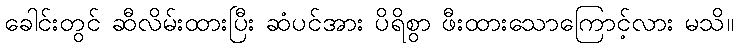
ခေါင်းတွင် ဆီလိမ်းထားပြီး ဆံပင်အား ပိရိစွာ ဖီးထားသောကြောင့်လား မသိ။